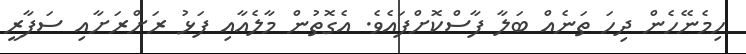
ހިމެނޭހެން ދިހަ ތަނެއް ބަލާ ފާސްކޮށްފައެވެ. އެގޮތުން މާލެއާއި ފަޅު ރަށްރަށާއި ސަފާރީ